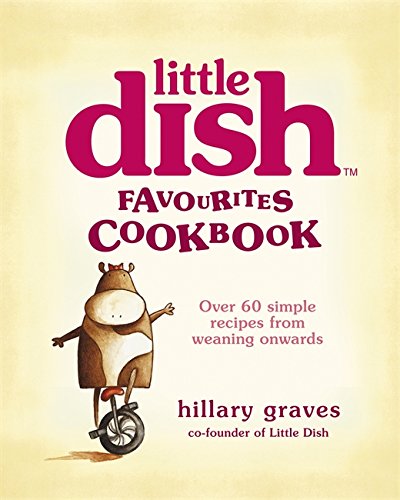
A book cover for Little Dish Favourites Cookbook: Over 60 Simple Recipes from Weaning Onwards; Hillary Graves; Cookbooks, Food & Wine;